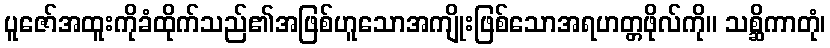
ပူဇော်အထူးကိုခံထိုက်သည်၏အဖြစ်ဟူသောအကျိုးဖြစ်သောအရဟတ္တဖိုလ်ကို။ သစ္ဆိကာတုံ၊